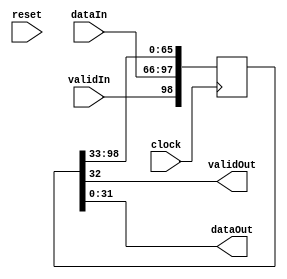
//--------------------------------------------------------------------------------
//
// delay_fifo.v
// Copyright (C) 2011 Ian Davis
//
// This program is free software; you can redistribute it and/or modify
// it under the terms of the GNU General Public License as published by
// the Free Software Foundation; either version 2 of the License, or (at
// your option) any later version.
//
// This program is distributed in the hope that it will be useful, but
// WITHOUT ANY WARRANTY; without even the implied warranty of
// MERCHANTABILITY or FITNESS FOR A PARTICULAR PURPOSE. See the GNU
// General Public License for more details.
//
// You should have received a copy of the GNU General Public License along
// with this program; if not, write to the Free Software Foundation, Inc.,
// 51 Franklin St, Fifth Floor, Boston, MA 02110, USA
//
//--------------------------------------------------------------------------------
//
// Simple delay FIFO.   Input data delayed by parameter "DELAY" numbers of
// clocks (1 to 16).  Uses shift register LUT's, so takes only one LUT-RAM
// per bit regardless of delay.
//
module delay_fifo (
  clock, reset,
  validIn, dataIn,
  // outputs
  validOut, dataOut);

parameter DELAY = 3;    // 1 to 16
parameter WIDTH = 32;

input clock, reset;
input validIn;
input [WIDTH-1:0] dataIn;
output validOut;
output [WIDTH-1:0] dataOut;

reg [(WIDTH + 1) * DELAY - 1 : 0] delay;

always @(posedge clock) begin
   delay <= {validIn, dataIn, delay[(WIDTH + 1) * DELAY - 1 : WIDTH + 1]};
end

assign validOut = delay[WIDTH];
assign dataOut = delay[WIDTH - 1 : 0];

endmodule